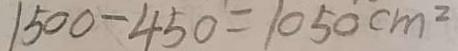
1 5 0 0 - 4 5 0 = 1 0 5 0 c m ^ { 2 }